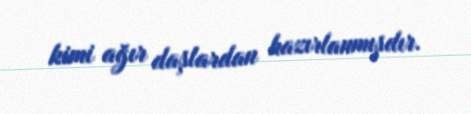
kimi ağır daşlardan hazırlanmışdır.